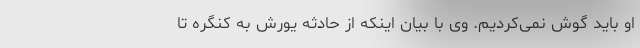
او باید گوش نمی‌کردیم. وی با بیان اینکه از حادثه یورش به کنگره تا